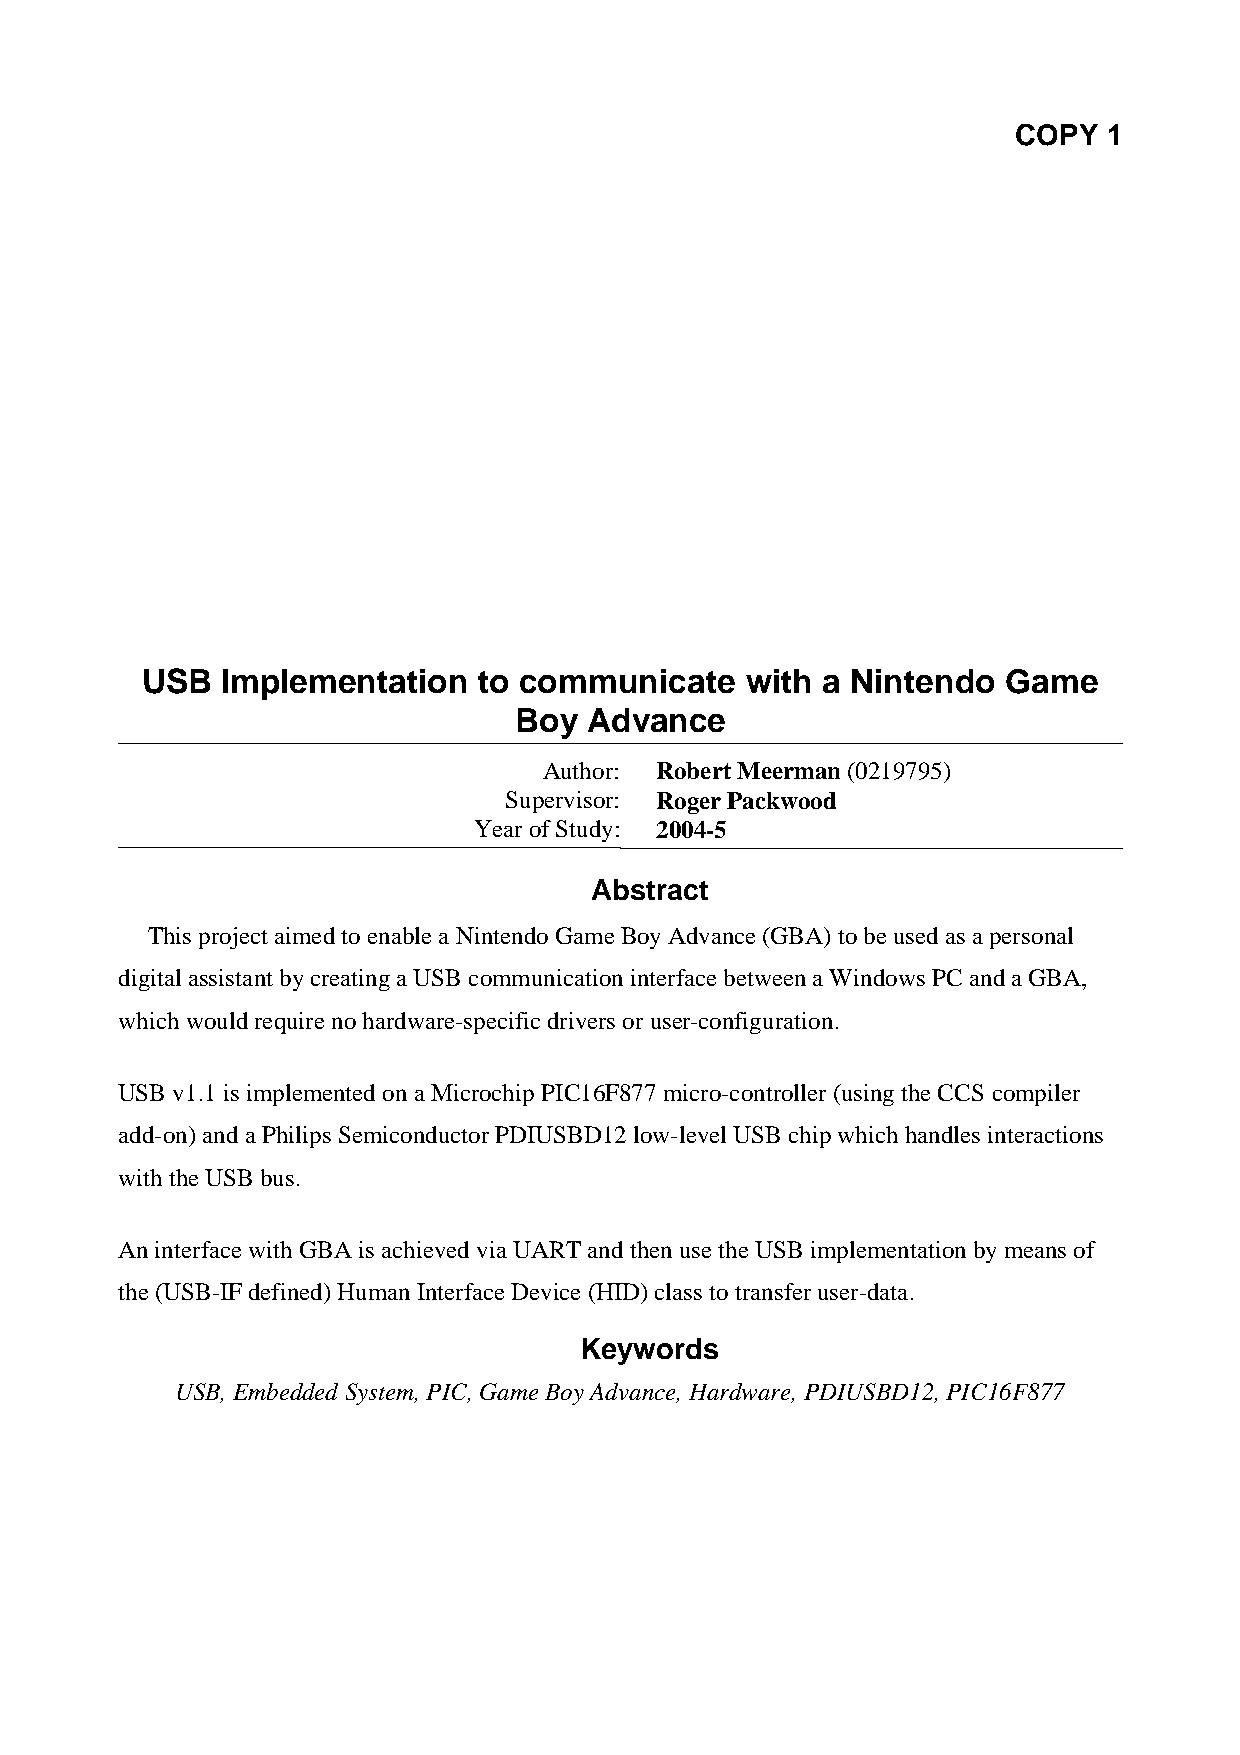
COPY  1
 USB   Implementation   to communicate   with a Nintendo   Game
 Boy  Advance
 Author: Robert Meerman (0219795)
 Supervisor: Roger Packwood
 Year of Study: 2004-5
 Abstract
 This project aimed to enable a Nintendo Game Boy Advance (GBA) to be used as a personal
 digital assistant by creating a USB communication interface between a Windows PC and a GBA,
 which would require no hardware-specific drivers or user-configuration.
 USB v1.1 is implemented on a Microchip PIC16F877 micro-controller (using the CCS compiler
 add-on) and a Philips Semiconductor PDIUSBD12 low-level USB chip which handles interactions
 with the USB bus.
 An interface with GBA is achieved via UART and then use the USB implementation by means of
 the (USB-IF defined) Human Interface Device (HID) class to transfer user-data.
 Keywords
 USB, Embedded System, PIC, Game Boy Advance, Hardware, PDIUSBD12, PIC16F877